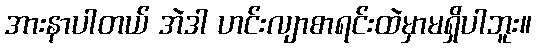
အားနာပါတယ် အဲဒါ ဟင်းလျာစာရင်းထဲမှာမရှိပါဘူး။